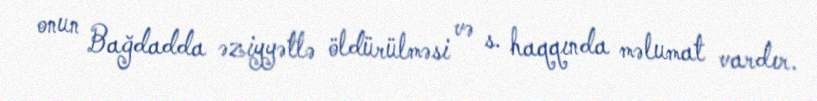
onun Bağdadda əziyyətlə öldürülməsi və s. haqqında məlumat vardır.